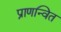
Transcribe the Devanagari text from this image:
प्राणन्वित